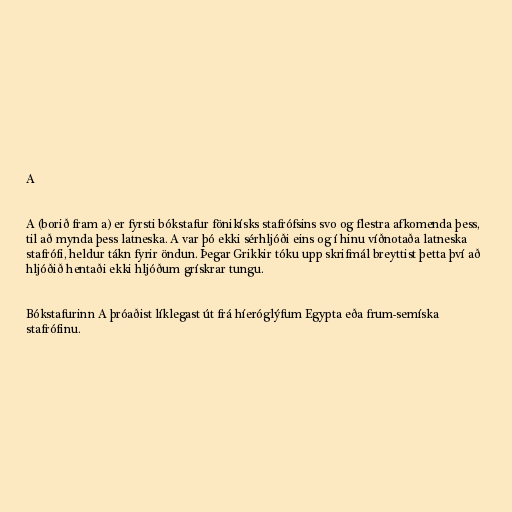
A

A (borið fram a) er fyrsti bókstafur fönikísks stafrófsins svo og flestra afkomenda þess,
til að mynda þess latneska. A var þó ekki sérhljóði eins og í hinu víðnotaða latneska
stafrófi, heldur tákn fyrir öndun. Þegar Grikkir tóku upp skrifmál breyttist þetta því að
hljóðið hentaði ekki hljóðum grískrar tungu.

Bókstafurinn A þróaðist líklegast út frá híeróglýfum Egypta eða frum-semíska
stafrófinu.